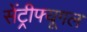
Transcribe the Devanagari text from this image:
सेंट्रीफ्यूगल